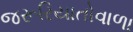
જરૂરિયાતોવાળા